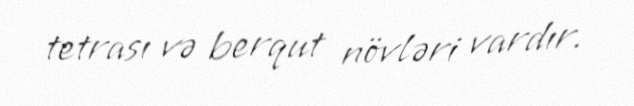
tetrası və berqut növləri vardır.